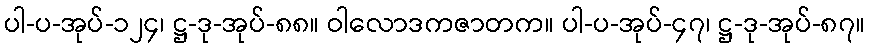
ပါ-ပ-အုပ်-၁၂၄၊ ဋ္ဌ-ဒု-အုပ်-၈၈။ ဝါလောဒကဇာတက။ ပါ-ပ-အုပ်-၄၇၊ ဋ္ဌ-ဒု-အုပ်-၈၇။